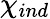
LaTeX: \chi_{ind}